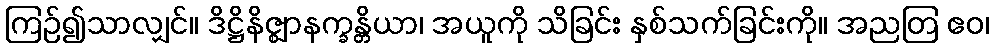
ကြဉ်၍သာလျှင်။ ဒိဋ္ဌိနိဇ္ဈာနက္ခန္တိယာ၊ အယူကို သိခြင်း နှစ်သက်ခြင်းကို။ အညတြ ဧဝ၊